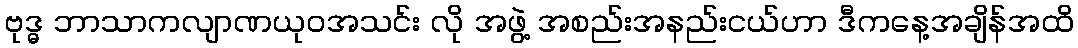
ဗုဒ္ဓ ဘာသာကလျာဏယုဝအသင်း လို အဖွဲ့ အစည်းအနည်းငယ်ဟာ ဒီကနေ့အချိန်အထိ